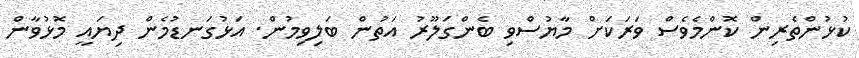
ކުޅުންތެރިން ކޮންމެވެސް ވަރަކަށް މާޔުސްވި ބެންގަލޫރު އަތުން ބަލިވިމުން. އަޅުގަނޑުމެން ދިޔައީ މޮޅުވާން